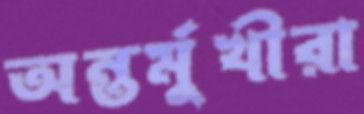
অন্তর্মুখীরা